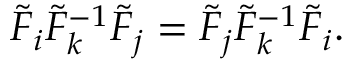
\widetilde { \cal F } _ { i } \widetilde { \cal F } _ { k } ^ { - 1 } \widetilde { \cal F } _ { j } = \widetilde { \cal F } _ { j } \widetilde { \cal F } _ { k } ^ { - 1 } \widetilde { \cal F } _ { i } .